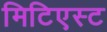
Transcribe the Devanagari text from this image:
मिटिएस्ट